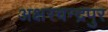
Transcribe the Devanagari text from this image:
अक्षरचन्द्रपुर